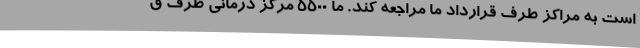
است به مراکز طرف قرارداد ما مراجعه کند. ما ۵۵۰۰ مرکز درمانی طرف ق